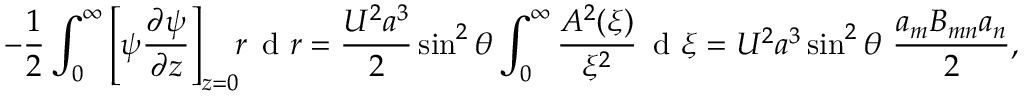
- \frac { 1 } { 2 } \int _ { 0 } ^ { \infty } \left[ \psi \frac { \partial \psi } { \partial z } \right] _ { z = 0 } \! \! r \, \textrm { d } r = \frac { U ^ { 2 } a ^ { 3 } } { 2 } \sin ^ { 2 } \theta \int _ { 0 } ^ { \infty } \frac { A ^ { 2 } ( \xi ) } { \xi ^ { 2 } } \, \textrm { d } \xi = U ^ { 2 } a ^ { 3 } \sin ^ { 2 } \theta \, \, \frac { a _ { m } B _ { m n } a _ { n } } { 2 } ,